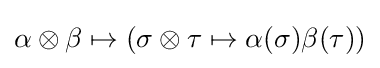
\alpha \otimes \beta \mapsto (\sigma \otimes \tau \mapsto \alpha (\sigma )\beta (\tau ))